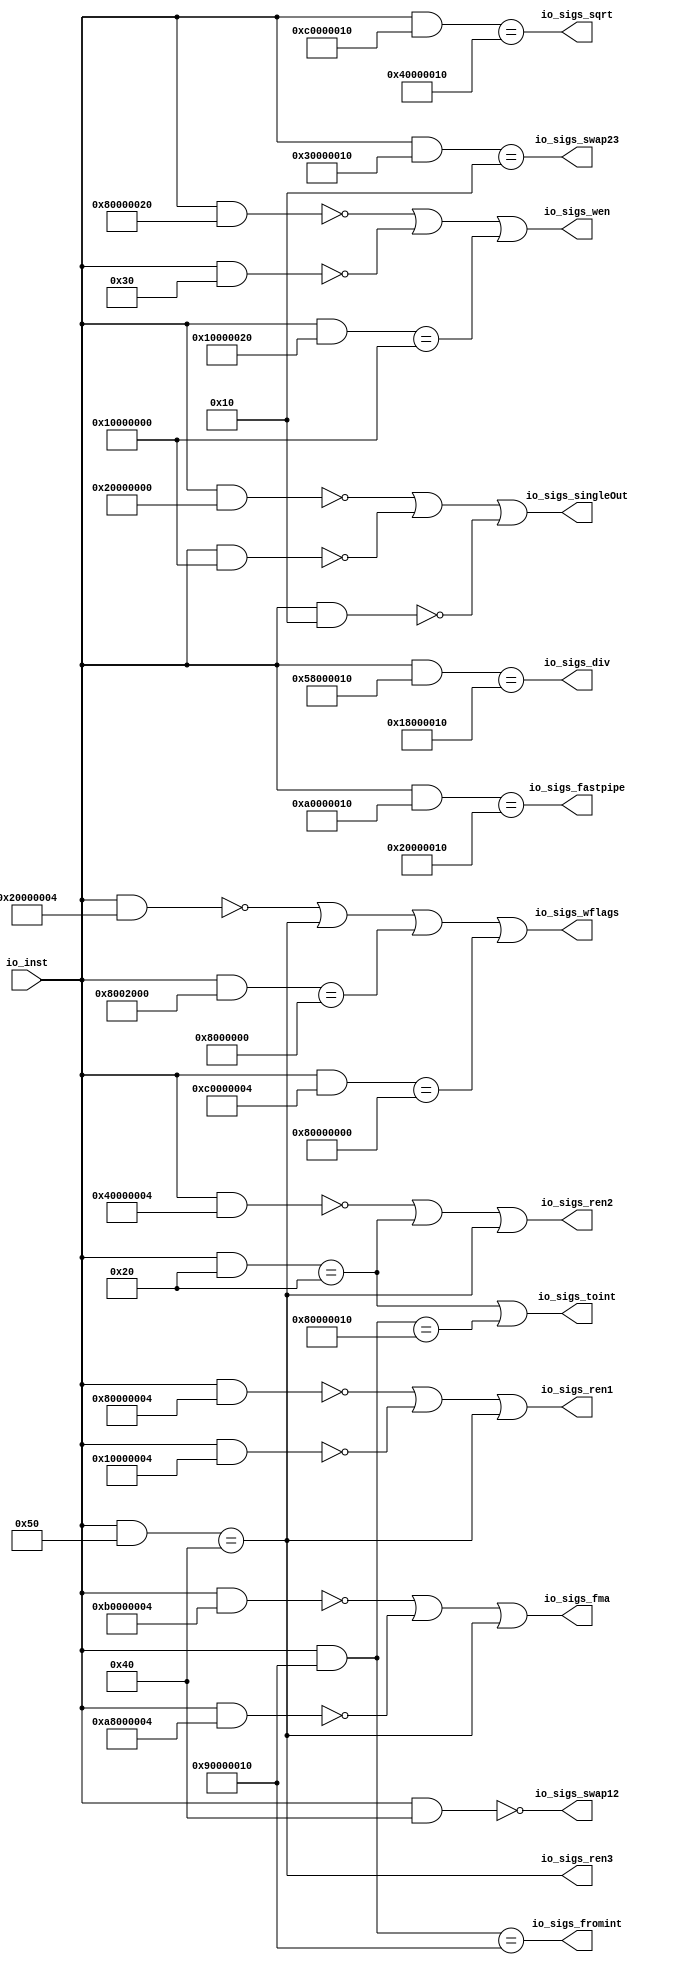
// Copyright (c) 2019, Microchip Corporation
// All rights reserved.
//
// Redistribution and use in source and binary forms, with or without
// modification, are permitted provided that the following conditions are met:
//     * Redistributions of source code must retain the above copyright
//       notice, this list of conditions and the following disclaimer.
//     * Redistributions in binary form must reproduce the above copyright
//       notice, this list of conditions and the following disclaimer in the
//       documentation and/or other materials provided with the distribution.
//     * Neither the name of the <organization> nor the
//       names of its contributors may be used to endorse or promote products
//       derived from this software without specific prior written permission.
//
// THIS SOFTWARE IS PROVIDED BY THE COPYRIGHT HOLDERS AND CONTRIBUTORS "AS IS" AND
// ANY EXPRESS OR IMPLIED WARRANTIES, INCLUDING, BUT NOT LIMITED TO, THE IMPLIED
// WARRANTIES OF MERCHANTABILITY AND FITNESS FOR A PARTICULAR PURPOSE ARE
// DISCLAIMED. IN NO EVENT SHALL MICROSEMI CORPORATIONM BE LIABLE FOR ANY
// DIRECT, INDIRECT, INCIDENTAL, SPECIAL, EXEMPLARY, OR CONSEQUENTIAL DAMAGES
// (INCLUDING, BUT NOT LIMITED TO, PROCUREMENT OF SUBSTITUTE GOODS OR SERVICES;
// LOSS OF USE, DATA, OR PROFITS; OR BUSINESS INTERRUPTION) HOWEVER CAUSED AND
// ON ANY THEORY OF LIABILITY, WHETHER IN CONTRACT, STRICT LIABILITY, OR TORT
// (INCLUDING NEGLIGENCE OR OTHERWISE) ARISING IN ANY WAY OUT OF THE USE OF THIS
// SOFTWARE, EVEN IF ADVISED OF THE POSSIBILITY OF SUCH DAMAGE.
//
// APACHE LICENSE
// Copyright (c) 2019, Microchip Corporation 
//
// Licensed under the Apache License, Version 2.0 (the "License");
// you may not use this file except in compliance with the License.
// You may obtain a copy of the License at
//
//    http://www.apache.org/licenses/LICENSE-2.0
//
// Unless required by applicable law or agreed to in writing, software
// distributed under the License is distributed on an "AS IS" BASIS,
// WITHOUT WARRANTIES OR CONDITIONS OF ANY KIND, either express or implied.
// See the License for the specific language governing permissions and
// limitations under the License.
//
// Description:
//
// SVN Revision Information:
// SVN $Revision: $
// SVN $Date: $
//
// Resolved SARs
// SAR      Date     Who   Description
//
// Notes:
//
// ****************************************************************************/
`ifndef RANDOMIZE_REG_INIT 
	 `define RANDOMIZE_REG_INIT 
 `endif
`ifndef RANDOMIZE_MEM_INIT 
	 `define RANDOMIZE_MEM_INIT 
 `endif
`ifndef RANDOMIZE 
	 `define RANDOMIZE 
`endif

`timescale 1ns/10ps
module MIV_RV32IMAF_L1_AHB_C0_MIV_RV32IMAF_L1_AHB_C0_0_MIV_RV32IMAF_L1_AHB_FPUDECODER( // @[:freechips.rocketchip.system.MivRV32ImafL1AhbConfig.fir@106683.2]
  input  [31:0] io_inst, // @[:freechips.rocketchip.system.MivRV32ImafL1AhbConfig.fir@106686.4]
  output        io_sigs_wen, // @[:freechips.rocketchip.system.MivRV32ImafL1AhbConfig.fir@106686.4]
  output        io_sigs_ren1, // @[:freechips.rocketchip.system.MivRV32ImafL1AhbConfig.fir@106686.4]
  output        io_sigs_ren2, // @[:freechips.rocketchip.system.MivRV32ImafL1AhbConfig.fir@106686.4]
  output        io_sigs_ren3, // @[:freechips.rocketchip.system.MivRV32ImafL1AhbConfig.fir@106686.4]
  output        io_sigs_swap12, // @[:freechips.rocketchip.system.MivRV32ImafL1AhbConfig.fir@106686.4]
  output        io_sigs_swap23, // @[:freechips.rocketchip.system.MivRV32ImafL1AhbConfig.fir@106686.4]
  output        io_sigs_singleOut, // @[:freechips.rocketchip.system.MivRV32ImafL1AhbConfig.fir@106686.4]
  output        io_sigs_fromint, // @[:freechips.rocketchip.system.MivRV32ImafL1AhbConfig.fir@106686.4]
  output        io_sigs_toint, // @[:freechips.rocketchip.system.MivRV32ImafL1AhbConfig.fir@106686.4]
  output        io_sigs_fastpipe, // @[:freechips.rocketchip.system.MivRV32ImafL1AhbConfig.fir@106686.4]
  output        io_sigs_fma, // @[:freechips.rocketchip.system.MivRV32ImafL1AhbConfig.fir@106686.4]
  output        io_sigs_div, // @[:freechips.rocketchip.system.MivRV32ImafL1AhbConfig.fir@106686.4]
  output        io_sigs_sqrt, // @[:freechips.rocketchip.system.MivRV32ImafL1AhbConfig.fir@106686.4]
  output        io_sigs_wflags // @[:freechips.rocketchip.system.MivRV32ImafL1AhbConfig.fir@106686.4]
);
  wire [31:0] _T_5; // @[Decode.scala 14:65:freechips.rocketchip.system.MivRV32ImafL1AhbConfig.fir@106691.4]
  wire  decoder_0; // @[Decode.scala 14:121:freechips.rocketchip.system.MivRV32ImafL1AhbConfig.fir@106692.4]
  wire [31:0] _T_10; // @[Decode.scala 14:65:freechips.rocketchip.system.MivRV32ImafL1AhbConfig.fir@106694.4]
  wire  _T_12; // @[Decode.scala 14:121:freechips.rocketchip.system.MivRV32ImafL1AhbConfig.fir@106695.4]
  wire [31:0] _T_14; // @[Decode.scala 14:65:freechips.rocketchip.system.MivRV32ImafL1AhbConfig.fir@106696.4]
  wire  _T_16; // @[Decode.scala 14:121:freechips.rocketchip.system.MivRV32ImafL1AhbConfig.fir@106697.4]
  wire [31:0] _T_18; // @[Decode.scala 14:65:freechips.rocketchip.system.MivRV32ImafL1AhbConfig.fir@106698.4]
  wire  _T_20; // @[Decode.scala 14:121:freechips.rocketchip.system.MivRV32ImafL1AhbConfig.fir@106699.4]
  wire  _T_23; // @[Decode.scala 15:30:freechips.rocketchip.system.MivRV32ImafL1AhbConfig.fir@106701.4]
  wire  decoder_1; // @[Decode.scala 15:30:freechips.rocketchip.system.MivRV32ImafL1AhbConfig.fir@106702.4]
  wire [31:0] _T_25; // @[Decode.scala 14:65:freechips.rocketchip.system.MivRV32ImafL1AhbConfig.fir@106703.4]
  wire  _T_27; // @[Decode.scala 14:121:freechips.rocketchip.system.MivRV32ImafL1AhbConfig.fir@106704.4]
  wire [31:0] _T_29; // @[Decode.scala 14:65:freechips.rocketchip.system.MivRV32ImafL1AhbConfig.fir@106705.4]
  wire  _T_31; // @[Decode.scala 14:121:freechips.rocketchip.system.MivRV32ImafL1AhbConfig.fir@106706.4]
  wire [31:0] _T_33; // @[Decode.scala 14:65:freechips.rocketchip.system.MivRV32ImafL1AhbConfig.fir@106707.4]
  wire  decoder_4; // @[Decode.scala 14:121:freechips.rocketchip.system.MivRV32ImafL1AhbConfig.fir@106708.4]
  wire  _T_38; // @[Decode.scala 15:30:freechips.rocketchip.system.MivRV32ImafL1AhbConfig.fir@106710.4]
  wire  decoder_2; // @[Decode.scala 15:30:freechips.rocketchip.system.MivRV32ImafL1AhbConfig.fir@106711.4]
  wire [31:0] _T_40; // @[Decode.scala 14:65:freechips.rocketchip.system.MivRV32ImafL1AhbConfig.fir@106712.4]
  wire  _T_42; // @[Decode.scala 14:121:freechips.rocketchip.system.MivRV32ImafL1AhbConfig.fir@106713.4]
  wire [31:0] _T_44; // @[Decode.scala 14:65:freechips.rocketchip.system.MivRV32ImafL1AhbConfig.fir@106714.4]
  wire  _T_46; // @[Decode.scala 14:121:freechips.rocketchip.system.MivRV32ImafL1AhbConfig.fir@106715.4]
  wire  _T_49; // @[Decode.scala 15:30:freechips.rocketchip.system.MivRV32ImafL1AhbConfig.fir@106717.4]
  wire  decoder_3; // @[Decode.scala 15:30:freechips.rocketchip.system.MivRV32ImafL1AhbConfig.fir@106718.4]
  wire [31:0] _T_53; // @[Decode.scala 14:65:freechips.rocketchip.system.MivRV32ImafL1AhbConfig.fir@106721.4]
  wire  decoder_6; // @[Decode.scala 14:121:freechips.rocketchip.system.MivRV32ImafL1AhbConfig.fir@106722.4]
  wire [31:0] _T_79; // @[Decode.scala 14:65:freechips.rocketchip.system.MivRV32ImafL1AhbConfig.fir@106737.4]
  wire  _T_81; // @[Decode.scala 14:121:freechips.rocketchip.system.MivRV32ImafL1AhbConfig.fir@106738.4]
  wire [31:0] _T_83; // @[Decode.scala 14:65:freechips.rocketchip.system.MivRV32ImafL1AhbConfig.fir@106739.4]
  wire  _T_85; // @[Decode.scala 14:121:freechips.rocketchip.system.MivRV32ImafL1AhbConfig.fir@106740.4]
  wire [31:0] _T_87; // @[Decode.scala 14:65:freechips.rocketchip.system.MivRV32ImafL1AhbConfig.fir@106741.4]
  wire  _T_89; // @[Decode.scala 14:121:freechips.rocketchip.system.MivRV32ImafL1AhbConfig.fir@106742.4]
  wire  _T_92; // @[Decode.scala 15:30:freechips.rocketchip.system.MivRV32ImafL1AhbConfig.fir@106744.4]
  wire  decoder_8; // @[Decode.scala 15:30:freechips.rocketchip.system.MivRV32ImafL1AhbConfig.fir@106745.4]
  wire [31:0] _T_94; // @[Decode.scala 14:65:freechips.rocketchip.system.MivRV32ImafL1AhbConfig.fir@106746.4]
  wire  decoder_9; // @[Decode.scala 14:121:freechips.rocketchip.system.MivRV32ImafL1AhbConfig.fir@106747.4]
  wire  _T_101; // @[Decode.scala 14:121:freechips.rocketchip.system.MivRV32ImafL1AhbConfig.fir@106750.4]
  wire  decoder_10; // @[Decode.scala 15:30:freechips.rocketchip.system.MivRV32ImafL1AhbConfig.fir@106752.4]
  wire [31:0] _T_105; // @[Decode.scala 14:65:freechips.rocketchip.system.MivRV32ImafL1AhbConfig.fir@106753.4]
  wire  decoder_11; // @[Decode.scala 14:121:freechips.rocketchip.system.MivRV32ImafL1AhbConfig.fir@106754.4]
  wire [31:0] _T_110; // @[Decode.scala 14:65:freechips.rocketchip.system.MivRV32ImafL1AhbConfig.fir@106756.4]
  wire  _T_112; // @[Decode.scala 14:121:freechips.rocketchip.system.MivRV32ImafL1AhbConfig.fir@106757.4]
  wire [31:0] _T_114; // @[Decode.scala 14:65:freechips.rocketchip.system.MivRV32ImafL1AhbConfig.fir@106758.4]
  wire  _T_116; // @[Decode.scala 14:121:freechips.rocketchip.system.MivRV32ImafL1AhbConfig.fir@106759.4]
  wire  _T_119; // @[Decode.scala 15:30:freechips.rocketchip.system.MivRV32ImafL1AhbConfig.fir@106761.4]
  wire  decoder_12; // @[Decode.scala 15:30:freechips.rocketchip.system.MivRV32ImafL1AhbConfig.fir@106762.4]
  wire [31:0] _T_121; // @[Decode.scala 14:65:freechips.rocketchip.system.MivRV32ImafL1AhbConfig.fir@106763.4]
  wire  decoder_13; // @[Decode.scala 14:121:freechips.rocketchip.system.MivRV32ImafL1AhbConfig.fir@106764.4]
  wire [31:0] _T_126; // @[Decode.scala 14:65:freechips.rocketchip.system.MivRV32ImafL1AhbConfig.fir@106766.4]
  wire  decoder_14; // @[Decode.scala 14:121:freechips.rocketchip.system.MivRV32ImafL1AhbConfig.fir@106767.4]
  wire [31:0] _T_131; // @[Decode.scala 14:65:freechips.rocketchip.system.MivRV32ImafL1AhbConfig.fir@106769.4]
  wire  _T_133; // @[Decode.scala 14:121:freechips.rocketchip.system.MivRV32ImafL1AhbConfig.fir@106770.4]
  wire [31:0] _T_135; // @[Decode.scala 14:65:freechips.rocketchip.system.MivRV32ImafL1AhbConfig.fir@106771.4]
  wire  _T_137; // @[Decode.scala 14:121:freechips.rocketchip.system.MivRV32ImafL1AhbConfig.fir@106772.4]
  wire [31:0] _T_139; // @[Decode.scala 14:65:freechips.rocketchip.system.MivRV32ImafL1AhbConfig.fir@106773.4]
  wire  _T_141; // @[Decode.scala 14:121:freechips.rocketchip.system.MivRV32ImafL1AhbConfig.fir@106774.4]
  wire  _T_144; // @[Decode.scala 15:30:freechips.rocketchip.system.MivRV32ImafL1AhbConfig.fir@106776.4]
  wire  _T_145; // @[Decode.scala 15:30:freechips.rocketchip.system.MivRV32ImafL1AhbConfig.fir@106777.4]
  wire  decoder_15; // @[Decode.scala 15:30:freechips.rocketchip.system.MivRV32ImafL1AhbConfig.fir@106778.4]
  assign _T_5 = io_inst & 32'h40; // @[Decode.scala 14:65:freechips.rocketchip.system.MivRV32ImafL1AhbConfig.fir@106691.4]
  assign decoder_0 = _T_5 == 32'h0; // @[Decode.scala 14:121:freechips.rocketchip.system.MivRV32ImafL1AhbConfig.fir@106692.4]
  assign _T_10 = io_inst & 32'h80000020; // @[Decode.scala 14:65:freechips.rocketchip.system.MivRV32ImafL1AhbConfig.fir@106694.4]
  assign _T_12 = _T_10 == 32'h0; // @[Decode.scala 14:121:freechips.rocketchip.system.MivRV32ImafL1AhbConfig.fir@106695.4]
  assign _T_14 = io_inst & 32'h30; // @[Decode.scala 14:65:freechips.rocketchip.system.MivRV32ImafL1AhbConfig.fir@106696.4]
  assign _T_16 = _T_14 == 32'h0; // @[Decode.scala 14:121:freechips.rocketchip.system.MivRV32ImafL1AhbConfig.fir@106697.4]
  assign _T_18 = io_inst & 32'h10000020; // @[Decode.scala 14:65:freechips.rocketchip.system.MivRV32ImafL1AhbConfig.fir@106698.4]
  assign _T_20 = _T_18 == 32'h10000000; // @[Decode.scala 14:121:freechips.rocketchip.system.MivRV32ImafL1AhbConfig.fir@106699.4]
  assign _T_23 = _T_12 | _T_16; // @[Decode.scala 15:30:freechips.rocketchip.system.MivRV32ImafL1AhbConfig.fir@106701.4]
  assign decoder_1 = _T_23 | _T_20; // @[Decode.scala 15:30:freechips.rocketchip.system.MivRV32ImafL1AhbConfig.fir@106702.4]
  assign _T_25 = io_inst & 32'h80000004; // @[Decode.scala 14:65:freechips.rocketchip.system.MivRV32ImafL1AhbConfig.fir@106703.4]
  assign _T_27 = _T_25 == 32'h0; // @[Decode.scala 14:121:freechips.rocketchip.system.MivRV32ImafL1AhbConfig.fir@106704.4]
  assign _T_29 = io_inst & 32'h10000004; // @[Decode.scala 14:65:freechips.rocketchip.system.MivRV32ImafL1AhbConfig.fir@106705.4]
  assign _T_31 = _T_29 == 32'h0; // @[Decode.scala 14:121:freechips.rocketchip.system.MivRV32ImafL1AhbConfig.fir@106706.4]
  assign _T_33 = io_inst & 32'h50; // @[Decode.scala 14:65:freechips.rocketchip.system.MivRV32ImafL1AhbConfig.fir@106707.4]
  assign decoder_4 = _T_33 == 32'h40; // @[Decode.scala 14:121:freechips.rocketchip.system.MivRV32ImafL1AhbConfig.fir@106708.4]
  assign _T_38 = _T_27 | _T_31; // @[Decode.scala 15:30:freechips.rocketchip.system.MivRV32ImafL1AhbConfig.fir@106710.4]
  assign decoder_2 = _T_38 | decoder_4; // @[Decode.scala 15:30:freechips.rocketchip.system.MivRV32ImafL1AhbConfig.fir@106711.4]
  assign _T_40 = io_inst & 32'h40000004; // @[Decode.scala 14:65:freechips.rocketchip.system.MivRV32ImafL1AhbConfig.fir@106712.4]
  assign _T_42 = _T_40 == 32'h0; // @[Decode.scala 14:121:freechips.rocketchip.system.MivRV32ImafL1AhbConfig.fir@106713.4]
  assign _T_44 = io_inst & 32'h20; // @[Decode.scala 14:65:freechips.rocketchip.system.MivRV32ImafL1AhbConfig.fir@106714.4]
  assign _T_46 = _T_44 == 32'h20; // @[Decode.scala 14:121:freechips.rocketchip.system.MivRV32ImafL1AhbConfig.fir@106715.4]
  assign _T_49 = _T_42 | _T_46; // @[Decode.scala 15:30:freechips.rocketchip.system.MivRV32ImafL1AhbConfig.fir@106717.4]
  assign decoder_3 = _T_49 | decoder_4; // @[Decode.scala 15:30:freechips.rocketchip.system.MivRV32ImafL1AhbConfig.fir@106718.4]
  assign _T_53 = io_inst & 32'h30000010; // @[Decode.scala 14:65:freechips.rocketchip.system.MivRV32ImafL1AhbConfig.fir@106721.4]
  assign decoder_6 = _T_53 == 32'h10; // @[Decode.scala 14:121:freechips.rocketchip.system.MivRV32ImafL1AhbConfig.fir@106722.4]
  assign _T_79 = io_inst & 32'h20000000; // @[Decode.scala 14:65:freechips.rocketchip.system.MivRV32ImafL1AhbConfig.fir@106737.4]
  assign _T_81 = _T_79 == 32'h0; // @[Decode.scala 14:121:freechips.rocketchip.system.MivRV32ImafL1AhbConfig.fir@106738.4]
  assign _T_83 = io_inst & 32'h10000000; // @[Decode.scala 14:65:freechips.rocketchip.system.MivRV32ImafL1AhbConfig.fir@106739.4]
  assign _T_85 = _T_83 == 32'h0; // @[Decode.scala 14:121:freechips.rocketchip.system.MivRV32ImafL1AhbConfig.fir@106740.4]
  assign _T_87 = io_inst & 32'h10; // @[Decode.scala 14:65:freechips.rocketchip.system.MivRV32ImafL1AhbConfig.fir@106741.4]
  assign _T_89 = _T_87 == 32'h0; // @[Decode.scala 14:121:freechips.rocketchip.system.MivRV32ImafL1AhbConfig.fir@106742.4]
  assign _T_92 = _T_81 | _T_85; // @[Decode.scala 15:30:freechips.rocketchip.system.MivRV32ImafL1AhbConfig.fir@106744.4]
  assign decoder_8 = _T_92 | _T_89; // @[Decode.scala 15:30:freechips.rocketchip.system.MivRV32ImafL1AhbConfig.fir@106745.4]
  assign _T_94 = io_inst & 32'h90000010; // @[Decode.scala 14:65:freechips.rocketchip.system.MivRV32ImafL1AhbConfig.fir@106746.4]
  assign decoder_9 = _T_94 == 32'h90000010; // @[Decode.scala 14:121:freechips.rocketchip.system.MivRV32ImafL1AhbConfig.fir@106747.4]
  assign _T_101 = _T_94 == 32'h80000010; // @[Decode.scala 14:121:freechips.rocketchip.system.MivRV32ImafL1AhbConfig.fir@106750.4]
  assign decoder_10 = _T_46 | _T_101; // @[Decode.scala 15:30:freechips.rocketchip.system.MivRV32ImafL1AhbConfig.fir@106752.4]
  assign _T_105 = io_inst & 32'ha0000010; // @[Decode.scala 14:65:freechips.rocketchip.system.MivRV32ImafL1AhbConfig.fir@106753.4]
  assign decoder_11 = _T_105 == 32'h20000010; // @[Decode.scala 14:121:freechips.rocketchip.system.MivRV32ImafL1AhbConfig.fir@106754.4]
  assign _T_110 = io_inst & 32'hb0000004; // @[Decode.scala 14:65:freechips.rocketchip.system.MivRV32ImafL1AhbConfig.fir@106756.4]
  assign _T_112 = _T_110 == 32'h0; // @[Decode.scala 14:121:freechips.rocketchip.system.MivRV32ImafL1AhbConfig.fir@106757.4]
  assign _T_114 = io_inst & 32'ha8000004; // @[Decode.scala 14:65:freechips.rocketchip.system.MivRV32ImafL1AhbConfig.fir@106758.4]
  assign _T_116 = _T_114 == 32'h0; // @[Decode.scala 14:121:freechips.rocketchip.system.MivRV32ImafL1AhbConfig.fir@106759.4]
  assign _T_119 = _T_112 | _T_116; // @[Decode.scala 15:30:freechips.rocketchip.system.MivRV32ImafL1AhbConfig.fir@106761.4]
  assign decoder_12 = _T_119 | decoder_4; // @[Decode.scala 15:30:freechips.rocketchip.system.MivRV32ImafL1AhbConfig.fir@106762.4]
  assign _T_121 = io_inst & 32'h58000010; // @[Decode.scala 14:65:freechips.rocketchip.system.MivRV32ImafL1AhbConfig.fir@106763.4]
  assign decoder_13 = _T_121 == 32'h18000010; // @[Decode.scala 14:121:freechips.rocketchip.system.MivRV32ImafL1AhbConfig.fir@106764.4]
  assign _T_126 = io_inst & 32'hc0000010; // @[Decode.scala 14:65:freechips.rocketchip.system.MivRV32ImafL1AhbConfig.fir@106766.4]
  assign decoder_14 = _T_126 == 32'h40000010; // @[Decode.scala 14:121:freechips.rocketchip.system.MivRV32ImafL1AhbConfig.fir@106767.4]
  assign _T_131 = io_inst & 32'h20000004; // @[Decode.scala 14:65:freechips.rocketchip.system.MivRV32ImafL1AhbConfig.fir@106769.4]
  assign _T_133 = _T_131 == 32'h0; // @[Decode.scala 14:121:freechips.rocketchip.system.MivRV32ImafL1AhbConfig.fir@106770.4]
  assign _T_135 = io_inst & 32'h8002000; // @[Decode.scala 14:65:freechips.rocketchip.system.MivRV32ImafL1AhbConfig.fir@106771.4]
  assign _T_137 = _T_135 == 32'h8000000; // @[Decode.scala 14:121:freechips.rocketchip.system.MivRV32ImafL1AhbConfig.fir@106772.4]
  assign _T_139 = io_inst & 32'hc0000004; // @[Decode.scala 14:65:freechips.rocketchip.system.MivRV32ImafL1AhbConfig.fir@106773.4]
  assign _T_141 = _T_139 == 32'h80000000; // @[Decode.scala 14:121:freechips.rocketchip.system.MivRV32ImafL1AhbConfig.fir@106774.4]
  assign _T_144 = _T_133 | decoder_4; // @[Decode.scala 15:30:freechips.rocketchip.system.MivRV32ImafL1AhbConfig.fir@106776.4]
  assign _T_145 = _T_144 | _T_137; // @[Decode.scala 15:30:freechips.rocketchip.system.MivRV32ImafL1AhbConfig.fir@106777.4]
  assign decoder_15 = _T_145 | _T_141; // @[Decode.scala 15:30:freechips.rocketchip.system.MivRV32ImafL1AhbConfig.fir@106778.4]
  assign io_sigs_wen = decoder_1;
  assign io_sigs_ren1 = decoder_2;
  assign io_sigs_ren2 = decoder_3;
  assign io_sigs_ren3 = decoder_4;
  assign io_sigs_swap12 = decoder_0;
  assign io_sigs_swap23 = decoder_6;
  assign io_sigs_singleOut = decoder_8;
  assign io_sigs_fromint = decoder_9;
  assign io_sigs_toint = decoder_10;
  assign io_sigs_fastpipe = decoder_11;
  assign io_sigs_fma = decoder_12;
  assign io_sigs_div = decoder_13;
  assign io_sigs_sqrt = decoder_14;
  assign io_sigs_wflags = decoder_15;
endmodule